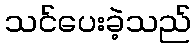
သင်ပေးခဲ့သည်